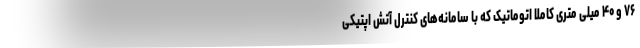
۷۶ و ۴۰ میلی متری کاملاً اتوماتیک که با سامانه‌های کنترل آتش اپتیکی